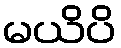
မယိပိ